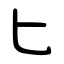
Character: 匕